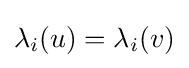
\lambda _{i}(u)=\lambda _{i}(v)